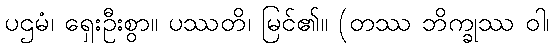
ပဌမံ၊ ရှေးဦးစွာ။ ပဿတိ၊ မြင်၏။ (တဿ ဘိက္ခုဿ ဝါ၊